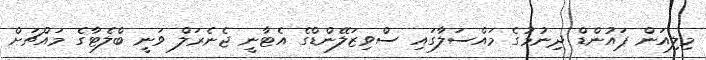
މިލިއަން ޕައުންޑް ދިނުމުގެ މައްސަލާގައި ސްވިޒަލޭންޑްގެ އެޓާނީ ޖެނެރަލް ވަނީ ބްލެޓާގެ މައްޗަށް